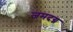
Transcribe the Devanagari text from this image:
जमदग्न